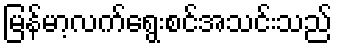
မြန်မာ့လက်ရွေးစင်အသင်းသည်